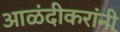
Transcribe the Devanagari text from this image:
आळंदीकरांनी